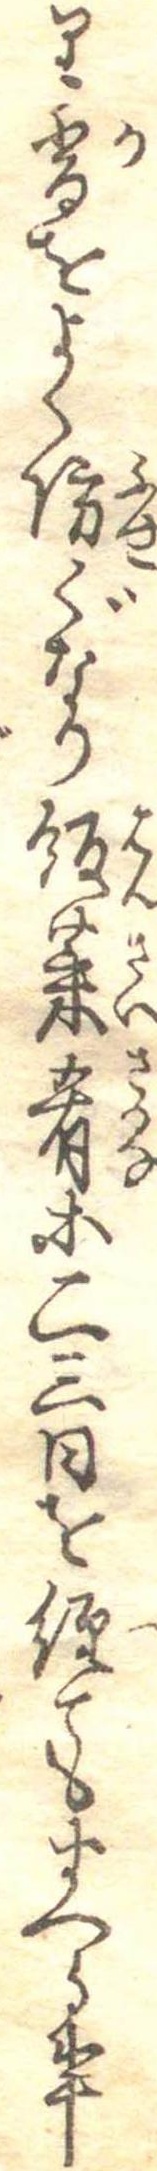
り香をよく防ぐなり飯菜肴等二三日を経てもすへる事